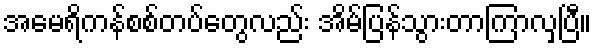
အမေရိကန်စစ်တပ်တွေလည်း အိမ်ပြန်သွားတာကြာလှပြီ။